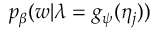
p _ { \beta } ( w | \lambda = g _ { \psi } ( \eta _ { j } ) )